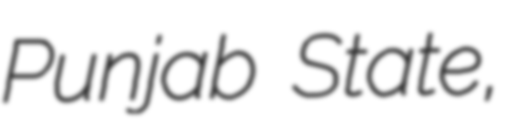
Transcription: Punjab State,